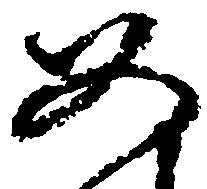
如